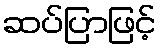
ဆပ်ပြာဖြင့်